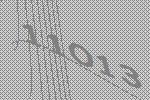
11013